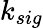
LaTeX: k_{sig}